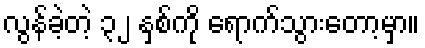
လွန်ခဲ့တဲ့ ၃၂ နှစ်ကို ရောက်သွားတော့မှာ။